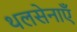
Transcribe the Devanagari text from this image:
थलसेनाएँ